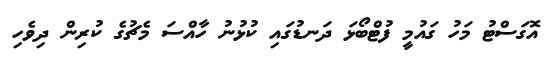
އޮގަސްޓު މަހު ގައުމީ ފުޓްބޯޅަ ދަނޑުގައި ކުޅުނު ހާއްސަ މެޗުގެ ކުރިން ދިވެހި